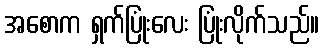
အစောက ရှက်ပြုံးလေး ပြုံးလိုက်သည်။